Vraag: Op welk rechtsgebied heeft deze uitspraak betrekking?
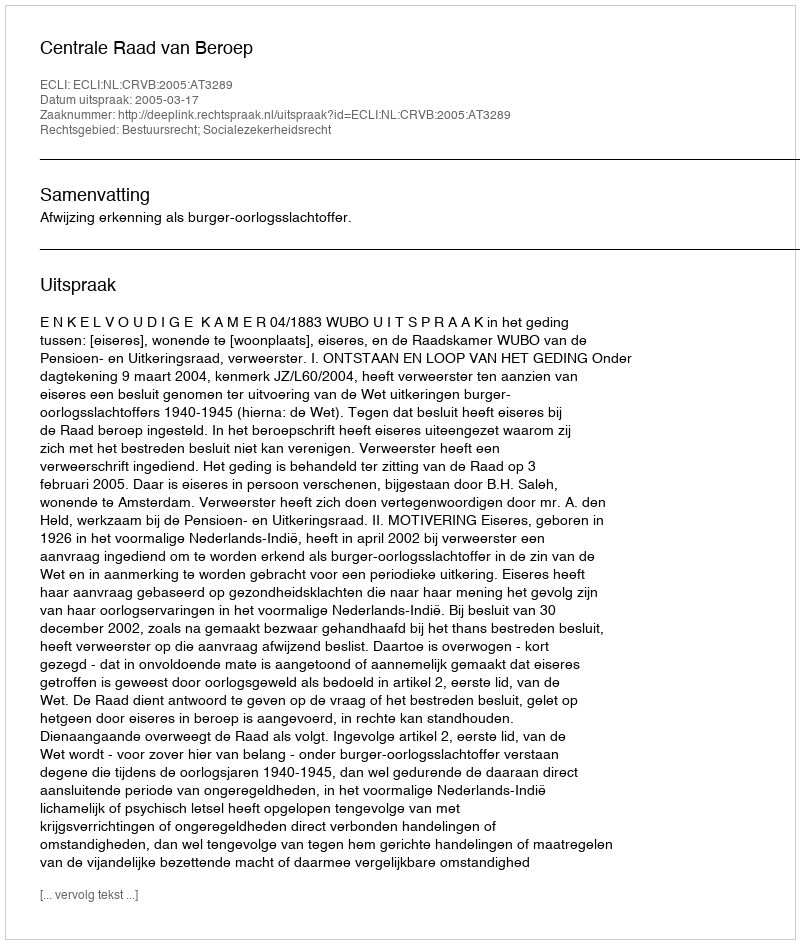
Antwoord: Bestuursrecht; Socialezekerheidsrecht